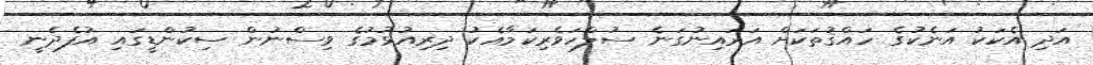
އަދި އެކަކު އަނެކުގެ ހައްޤުތަކަށް އަރައިނުގަނެ ސުލްހަވެރިކަމާއެކު ދިރިއުޅުމުގެ ވިސްނުން ސިކުންޑީގައި އުފެދެނީ